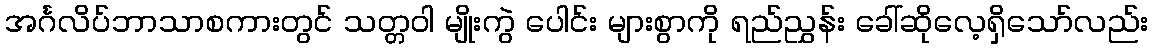
အင်္ဂလိပ်ဘာသာစကားတွင် သတ္တဝါ မျိုးကွဲ ပေါင်း များစွာကို ရည်ညွှန်း ခေါ်ဆိုလေ့ရှိသော်လည်း